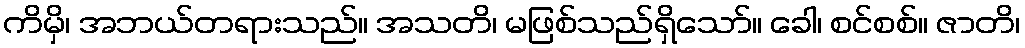
ကိမှိ၊ အဘယ်တရားသည်။ အသတိ၊ မဖြစ်သည်ရှိသော်။ ခေါ၊ စင်စစ်။ ဇာတိ၊